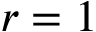
r = 1